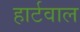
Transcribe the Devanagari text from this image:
हार्टवाल